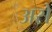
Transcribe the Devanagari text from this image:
असेे